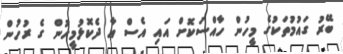
ބޭރު ގައުމުތަކުގެ މީހުން ހާއްސަކޮށް އައި އެސް އާ ދެކޮޅުމީހުން ގެ ރުހުން